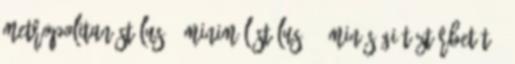
metropolitan stílus 1 minimál stílus 15 minőségi tűztérbetét 4